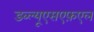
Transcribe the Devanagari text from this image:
डब्ल्यूएसएफ़एल